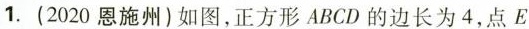
1.（2020恩施州）如图，正方形ABCD的边长为4，点E